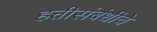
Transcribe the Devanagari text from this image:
हत्तीसंबंधीचे